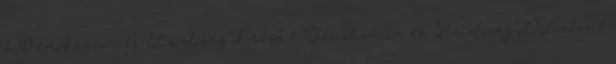
1 Demokrácia és ZsidóságI.rész 1 Demokrácia és ZsidóságII.rész 1